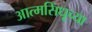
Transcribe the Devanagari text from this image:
आत्मसिंधूच्या